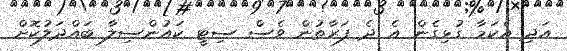
އަދި އެކަމާ ގުޅިގެން އެ ދެ ފަރާތުން ވެސް ސިޓީ ކައުންސިލާ ބައްދަލުކޮށް